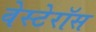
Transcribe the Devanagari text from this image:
वेस्टेरॉस